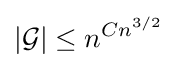
|{\mathcal {G}}|\leq n^{Cn^{3/2}}